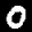
Label: 0